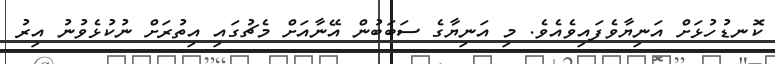
ކޮނޑުހުޅަށް އަނިޔާވެފައިވެއެވެ. މި އަނިޔާގެ ސަބަބުން އޭނާއަށް މެޗުގައި އިތުރަށް ނުކުޅެވުނު އިރު